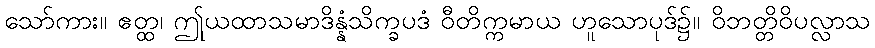
သော်ကား။ ဧတ္ထ၊ ဤုယထာသမာဒိန္နံသိက္ခပဒံ ဝီတိက္ကမာယ ဟူသောပုဒ်၌။ ဝိဘတ္တိဝိပလ္လာသ